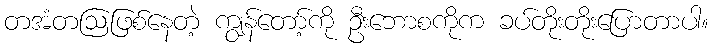
တအံတဩဖြစ်နေတဲ့ ကျွန်တော့်ကို ဦးဘောစကိုက ခပ်တိုးတိုးပြောတာပါ။